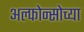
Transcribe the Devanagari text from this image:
अल्फोन्सोच्या